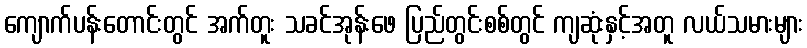
ကျောက်ပန်းတောင်းတွင် အက်တူး သခင်အုန်းဖေ ပြည်တွင်းစစ်တွင် ကျဆုံးနှင့်အတူ လယ်သမားများ